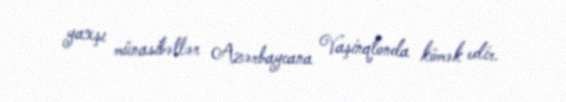
yaxşı münasibətlər Azərbaycana Vaşinqtonda kömək edir.